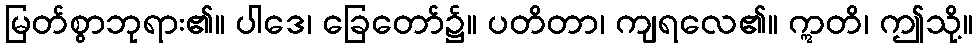
မြတ်စွာဘုရား၏။ ပါဒေ၊ ခြေတော်၌။ ပတိတာ၊ ကျရလေ၏။ ဣတိ၊ ဤသို့။